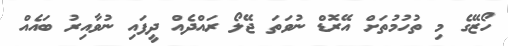
ހޯޒޭގެ މި ތުހުމުތަށް އޭރޮޑް ނުވަތަ ޖޭލޯ ރައްދެއް ދީފައި ނުވާއިރު ބައެއް